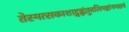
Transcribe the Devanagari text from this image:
तेस्मत्सकाशाद्गृह्णंतुबलिमष्टांगमक्षयं